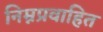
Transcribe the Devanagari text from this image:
निम्नप्रवाहित